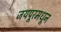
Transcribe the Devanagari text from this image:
जयपूरमधून